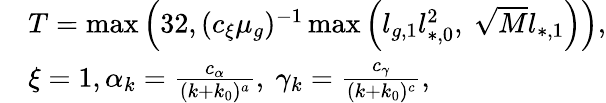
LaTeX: \begin{array}{rl}&{T=\operatorname*{max}\left(32,(c_{\xi}\mu_{g})^{-1}\operatorname*{max}\left(l_{g,1}l_{*,0}^{2},\ \sqrt{M}l_{*,1}\right)\right),}\\ &{\xi=1,\alpha_{k}=\frac{c_{\alpha}}{(k+k_{0})^{a}},\ \gamma_{k}=\frac{c_{\gamma}}{(k+k_{0})^{c}},}\end{array}